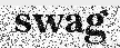
swag